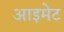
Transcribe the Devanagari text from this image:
आइमेट